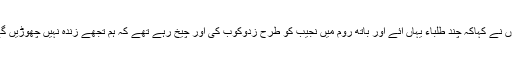
انہوں نے کہاکہ چند طلباء یہاں ائے اور باتھ روم میں نجیب کو طرح زدوکوب کی اور چیخ رہے تھے کہ ہم تجھے زندہ نہیں چھوڑیں گے ۔